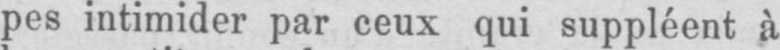
pes intimider par ceux qui suppléent à